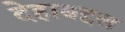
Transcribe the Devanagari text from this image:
देहाबद्दल